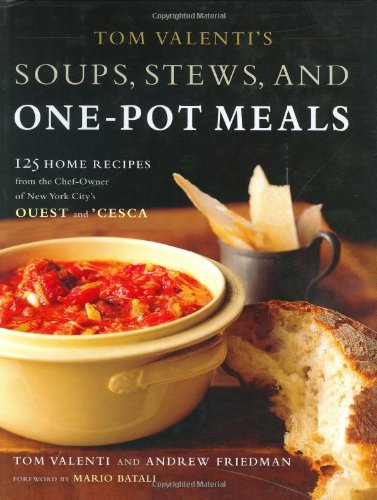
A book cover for Tom Valenti's Soups, Stews, and One-Pot Meals: 125 Home Recipes from the Chef-Owner of New York City's Ouest and 'Cesca; Tom Valenti; Cookbooks, Food & Wine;